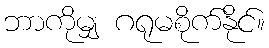
ဘာကိုမျှ ဂရုမစိုက်နိုင်။